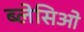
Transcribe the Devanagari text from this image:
ब्लेसिओ